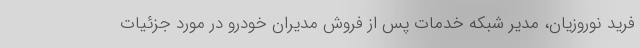
فرید نوروزیان، مدیر شبکه خدمات پس از فروش مدیران خودرو در مورد جزئیات